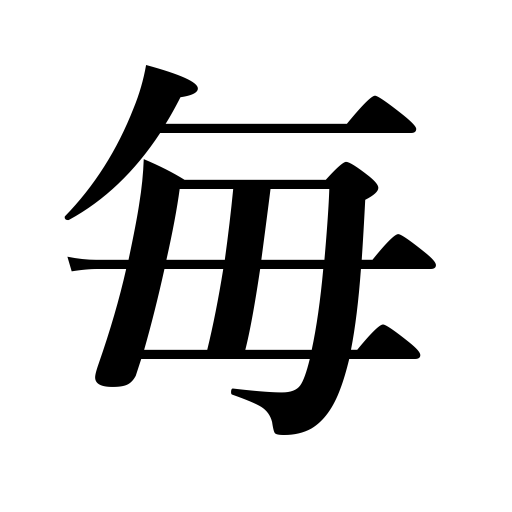
Meanings: whenever,Apiece,at an interval of,every,each